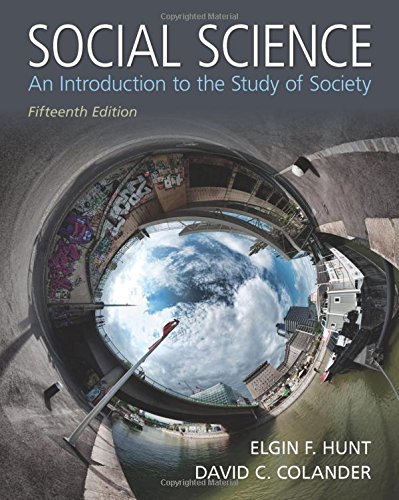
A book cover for Social Science: An Introduction to the Study of Society; Elgin F. Hunt; Science & Math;